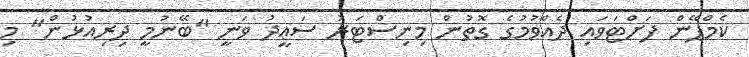
ކެމްޕޭން ފަށްޓަވައި ދެއްވުމުގެ ގޮތުން މިނިސްޓަރު ސަޢީދު ވަނީ "ބޭނުމީ ދިރިއުޅުން" މި